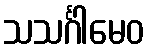
သသင်္ဂါမေဝ